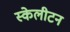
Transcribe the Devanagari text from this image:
स्केलीटन